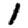
Digit: 1